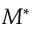
M ^ { * }